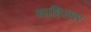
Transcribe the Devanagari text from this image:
साहित्यर